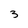
Character: 3